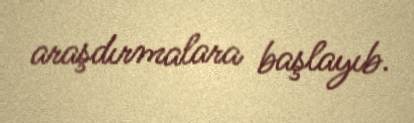
araşdırmalara başlayıb.